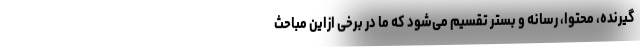
گیرنده، محتوا، رسانه و بستر تقسیم می‌شود که ما در برخی ازاین مباحث